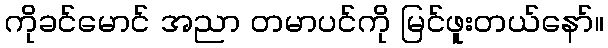
ကိုခင်မောင် အညာ တမာပင်ကို မြင်ဖူးတယ်နော်။